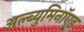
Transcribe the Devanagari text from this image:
अल्ब्युमिनॉएड